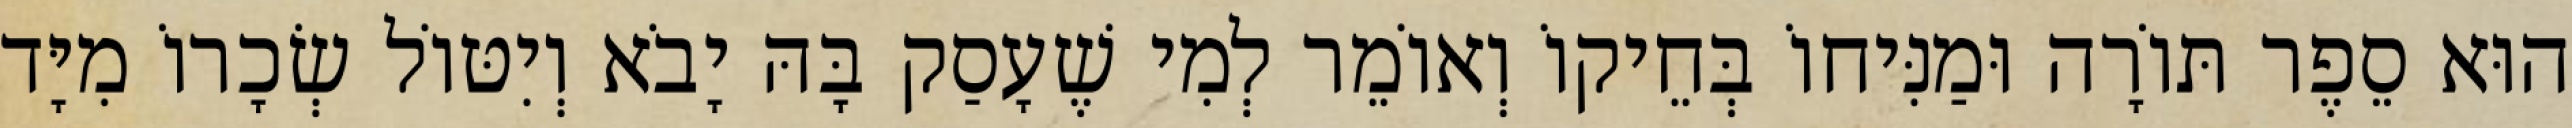
הוּא סֵפֶר תּוֹרָה וּמַנִּיחוֹ בְּחֵיקוֹ וְאוֹמֵר לְמִי שֶׁעָסַק בָּהּ יָבֹא וְיִטּוֹל שְׂכָרוֹ מִיָּד